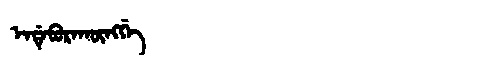
Manchu: ᡝᠨᡩᡝᠪᡠᡵᠠᡴᡡᠩᡤᡝ
Romanization: ENDEBURAKŪNGGE